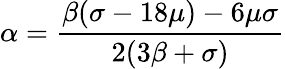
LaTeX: \alpha=\frac{\beta(\sigma-18\mu)-6\mu\sigma}{2(3\beta+\sigma)}